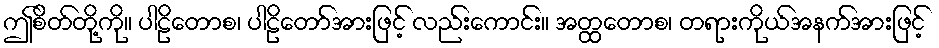
ဤစိတ်တို့ကို။ ပါဠိတောစ၊ ပါဠိတော်အားဖြင့် လည်းကောင်း။ အတ္ထတောစ၊ တရားကိုယ်အနက်အားဖြင့်